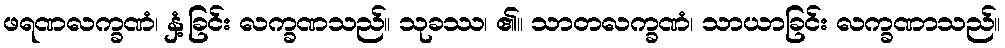
ဖရဏလက္ခဏံ၊ နှံ့ခြင်း လက္ခဏသည်။ သုခဿ၊ ၏။ သာတလက္ခဏံ၊ သာယာခြင်း လက္ခဏာသည်။